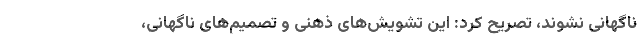
ناگهانی نشوند، تصریح کرد: این تشویش‌های ذهنی و تصمیم‌های ناگهانی،